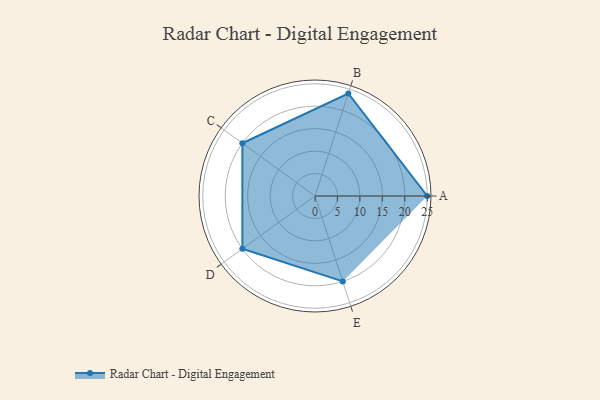
{"axis": {"x": "Skill", "y": "Score"}, "legend": ["Profile"], "data": [{"x": "A", "y": 25.0, "type": "Profile"}, {"x": "B", "y": 24.0, "type": "Profile"}, {"x": "C", "y": 20.0, "type": "Profile"}, {"x": "D", "y": 20, "type": "Profile"}, {"x": "E", "y": 20, "type": "Profile"}]}